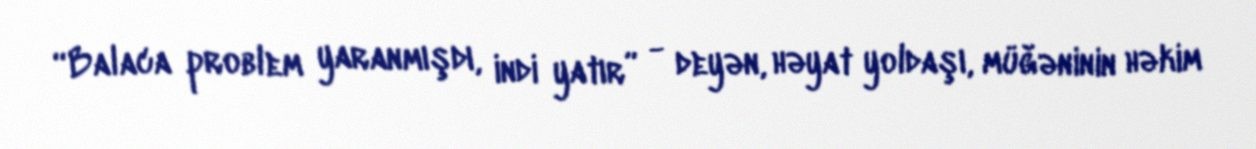
“Balaca problem yaranmışdı, indi yatır” - deyən, həyat yoldaşı, müğəninin həkim